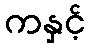
ကနှင့်